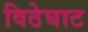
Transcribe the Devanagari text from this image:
विठेघाट